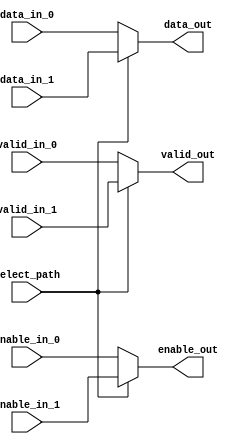
// ***************************************************************************
// ***************************************************************************
// Copyright 2014 - 2017 (c) Analog Devices, Inc. All rights reserved.
//
// In this HDL repository, there are many different and unique modules, consisting
// of various HDL (Verilog or VHDL) components. The individual modules are
// developed independently, and may be accompanied by separate and unique license
// terms.
//
// The user should read each of these license terms, and understand the
// freedoms and responsibilities that he or she has by using this source/core.
//
// This core is distributed in the hope that it will be useful, but WITHOUT ANY
// WARRANTY; without even the implied warranty of MERCHANTABILITY or FITNESS FOR
// A PARTICULAR PURPOSE.
//
// Redistribution and use of source or resulting binaries, with or without modification
// of this file, are permitted under one of the following two license terms:
//
//   1. The GNU General Public License version 2 as published by the
//      Free Software Foundation, which can be found in the top level directory
//      of this repository (LICENSE_GPL2), and also online at:
//      <https://www.gnu.org/licenses/old-licenses/gpl-2.0.html>
//
// OR
//
//   2. An ADI specific BSD license, which can be found in the top level directory
//      of this repository (LICENSE_ADIBSD), and also on-line at:
//      https://github.com/analogdevicesinc/hdl/blob/master/LICENSE_ADIBSD
//      This will allow to generate bit files and not release the source code,
//      as long as it attaches to an ADI device.
//
// ***************************************************************************
// ***************************************************************************

`timescale 1ns/100ps

module ad_bus_mux #(

  // Channel data width
  parameter DATA_WIDTH = 16
) (
  input                    select_path,

  input                    valid_in_0,
  input                    enable_in_0,
  input  [DATA_WIDTH-1:0]  data_in_0,

  input                    valid_in_1,
  input                    enable_in_1,
  input  [DATA_WIDTH-1:0]  data_in_1,

  output                   valid_out,
  output                   enable_out,
  output [DATA_WIDTH-1:0]  data_out
);

  assign valid_out  = (select_path == 0) ? valid_in_0   : valid_in_1;
  assign enable_out = (select_path == 0) ? enable_in_0  : enable_in_1;
  assign data_out   = (select_path == 0) ? data_in_0    : data_in_1;

endmodule